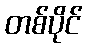
တစ်ပိုင်